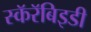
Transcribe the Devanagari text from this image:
स्कॅरॅबिइडी